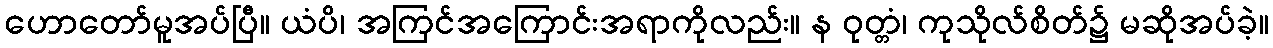
ဟောတော်မူအပ်ပြီ။ ယံပိ၊ အကြင်အကြောင်းအရာကိုလည်း။ န ဝုတ္တံ၊ ကုသိုလ်စိတ်၌ မဆိုအပ်ခဲ့။